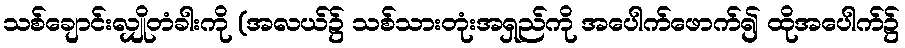
သစ်ချောင်းလျှိုတံခါးကို (အလယ်၌ သစ်သားတုံးအရှည်ကို အပေါက်ဖောက်၍ ထိုအပေါက်၌